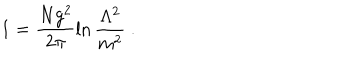
1 = \frac { N g ^ { 2 } } { 2 \pi } \ln \frac { \Lambda ^ { 2 } } { m ^ { 2 } } \ .